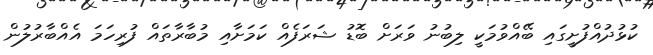
ކުޅުދުއްފުށީގައި ބޭއްވުމަކީ ލިބުނު ވަރަށް ބޮޑު ޝަރަފެއް ކަމަށާއި މުބާރާތައް ފުރިހަމަ އެއްބާރުލުން